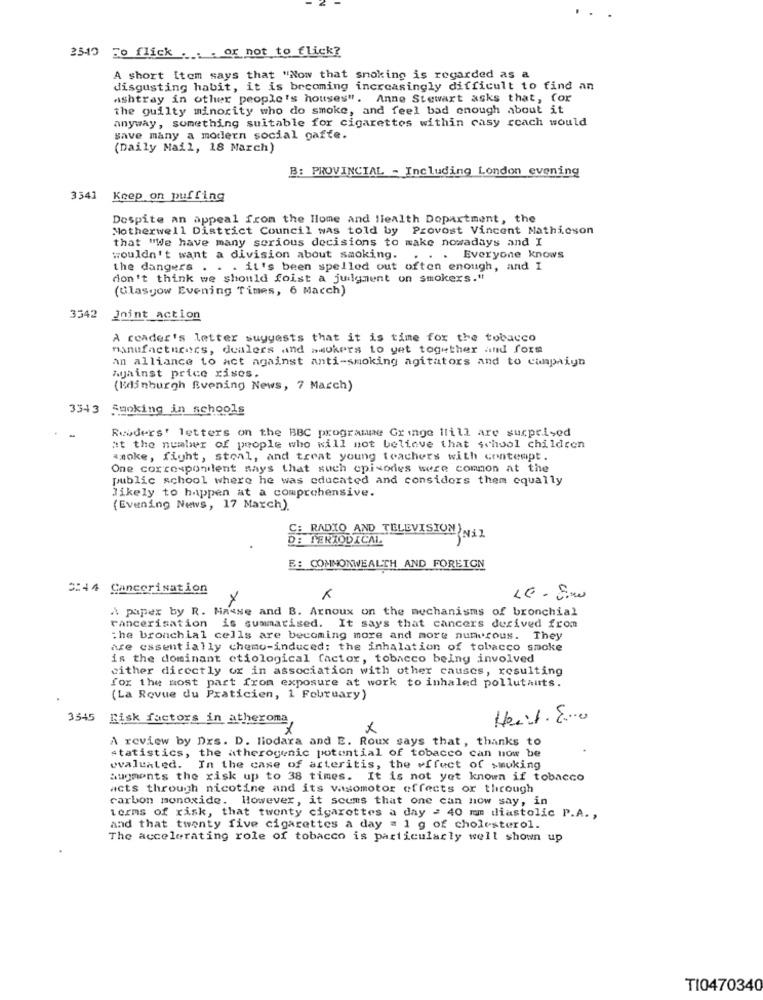
2540 Fo flick
.: . or not to flick?
A short [tom says that "Now that smoking is regarded as a
disgusting habit, it is becoming increasingly difficult to find an
ashtray in other people's houses". Anne Stewart asks that, for
the guilty minority who do smoke, and feel bad enough about it
anyway, something suitable for cigarettes within casy reach would
save many a modern social gaffe.
(Daily Mail, 18 March)
B: PROVINCIAL - Including London evening
3341 Keep on puffing
Despite an appeal from the Home and liealth Department, the
Motherwell District Council was told by Provost Vincent Mathicson
that "We have many serious decisions to make nowadays and I
wouldn't want a division about smoking.
... Everyone knows
the dangers . . . it's been spelled out often enough, and I
don't think we should foist a judgment on smokers."
(Glasgow Evening Times, 6 Macch)
3542
Joint action
A reader's letter suggests that it is time for the tobacco
manufacturers, dealers and swokers to get together and form
an alliance to act against anti-smoking agitators and to campaign
Against price rises.
(Edinburgh Evening News, 7 March)
3343
Smoking in schools
Readers' letters on the BBC programne Gr inge Ilill are surprised
at the number of people who will not believe that school children
amoke, fight, steal, and treat young teachers with contempt.
One correspondent says that such episodes were common at the
public school where he was educated and considers them equally
likely to happen at a comprehensive.
(Evening News, 17 March).
D: PERIODICAL
C: RADIO AND TELEVISION N11
E: COMMONWEALTH AND FOREIGN
C:44 Cancerisation
A paper by R. Masse and B. Arnoux on the mechanisms of bronchial
rancerisation is summarised. It says that cancers derived from
the bronchial cells are becoming more and more numerous. They
are essentially chemo-induced: the inhalation of tobacco smoke
is the dominant ctiological factor, tobacco being involved
cither directly or in association with other causes, resulting
for the most part from exposure at work to inhaled pollutants.
(La Rovue du Praticien, 1 February)
3545 Risk factors in atheroma,
Heat.E ...
A review by Drs. D. liodara and E. Roux says that, thanks to
statistics, the atherogenic potential of tobacco can now be
evaluated. In the case of arteritis, the effect of smoking
augments the risk up to 38 times. It is not yet known if tobacco
acts through nicotine and its vasomotor effects or through
carbon monoxide. However, it seems that one can now say, in
terms of risk, that twenty cigarettes a day = 40 mm diastolic P.A. ,
and that twenty five cigarettes a day = 1 g of cholesterol.
The accelerating role of tobacco is particularly well shown up
TI0470340